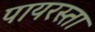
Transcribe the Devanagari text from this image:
पायरस्ता